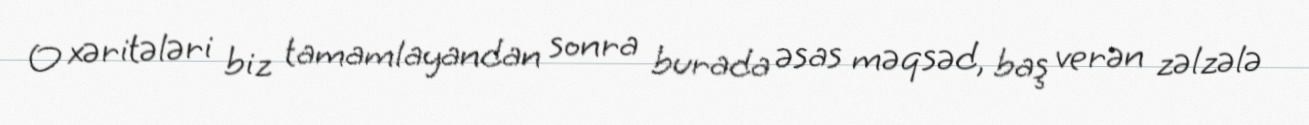
O xəritələri biz tamamlayandan sonra burada əsas məqsəd, baş verən zəlzələ